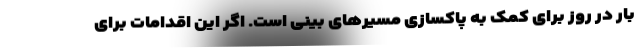
بار در روز برای کمک به پاکسازی مسیرهای بینی است. اگر این اقدامات برای